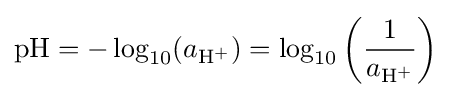
{\mathrm {pH} }=-\log _{10}(a_{\mathrm {H} {\vphantom {A}}^{+}})=\log _{10}\left({\frac {1}{a_{\mathrm {H} {\vphantom {A}}^{+}}}}\right)